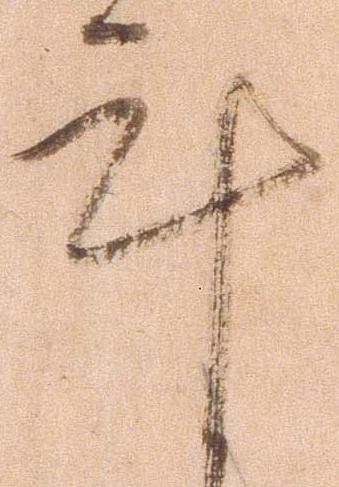
計